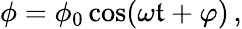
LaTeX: \phi=\phi_{0}\cos(\omega\mathfrak{t}+\varphi)\, ,